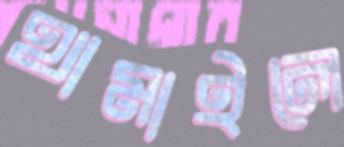
থামাইলে